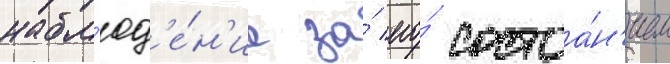
набл'юд'е́н'ие за́ его́ состоа́н'ием